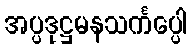
အပ္ပဒုဋ္ဌမနသင်္ကပ္ပေါ